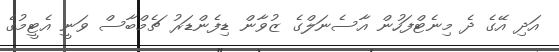
އަދި އޭގެ ދެ މިނެޓްފަހުން އާސެނަލްގެ ޒުވާން ޑިފެންޑަރު ޗެމްބާސް ވަނީ އެޓީމުގެ